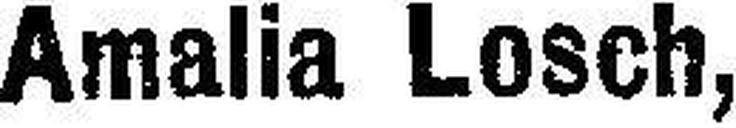
Amalia Losch,